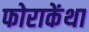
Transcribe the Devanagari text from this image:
फोराकेंथा